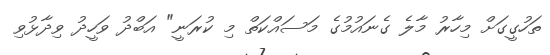
ތަހުގީގަށް މިހާރު މާލެ ގެނައުމުގެ މަސައްކަތް މި ކުރަނީ" އަބްދު ވަހީދު ވިދާޅުވި